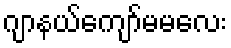
ဂျာနယ်ကျော်မမလေး